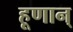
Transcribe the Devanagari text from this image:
हूणान्‌